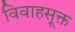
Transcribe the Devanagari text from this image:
विवाहसूक्त